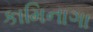
કામિનાગા